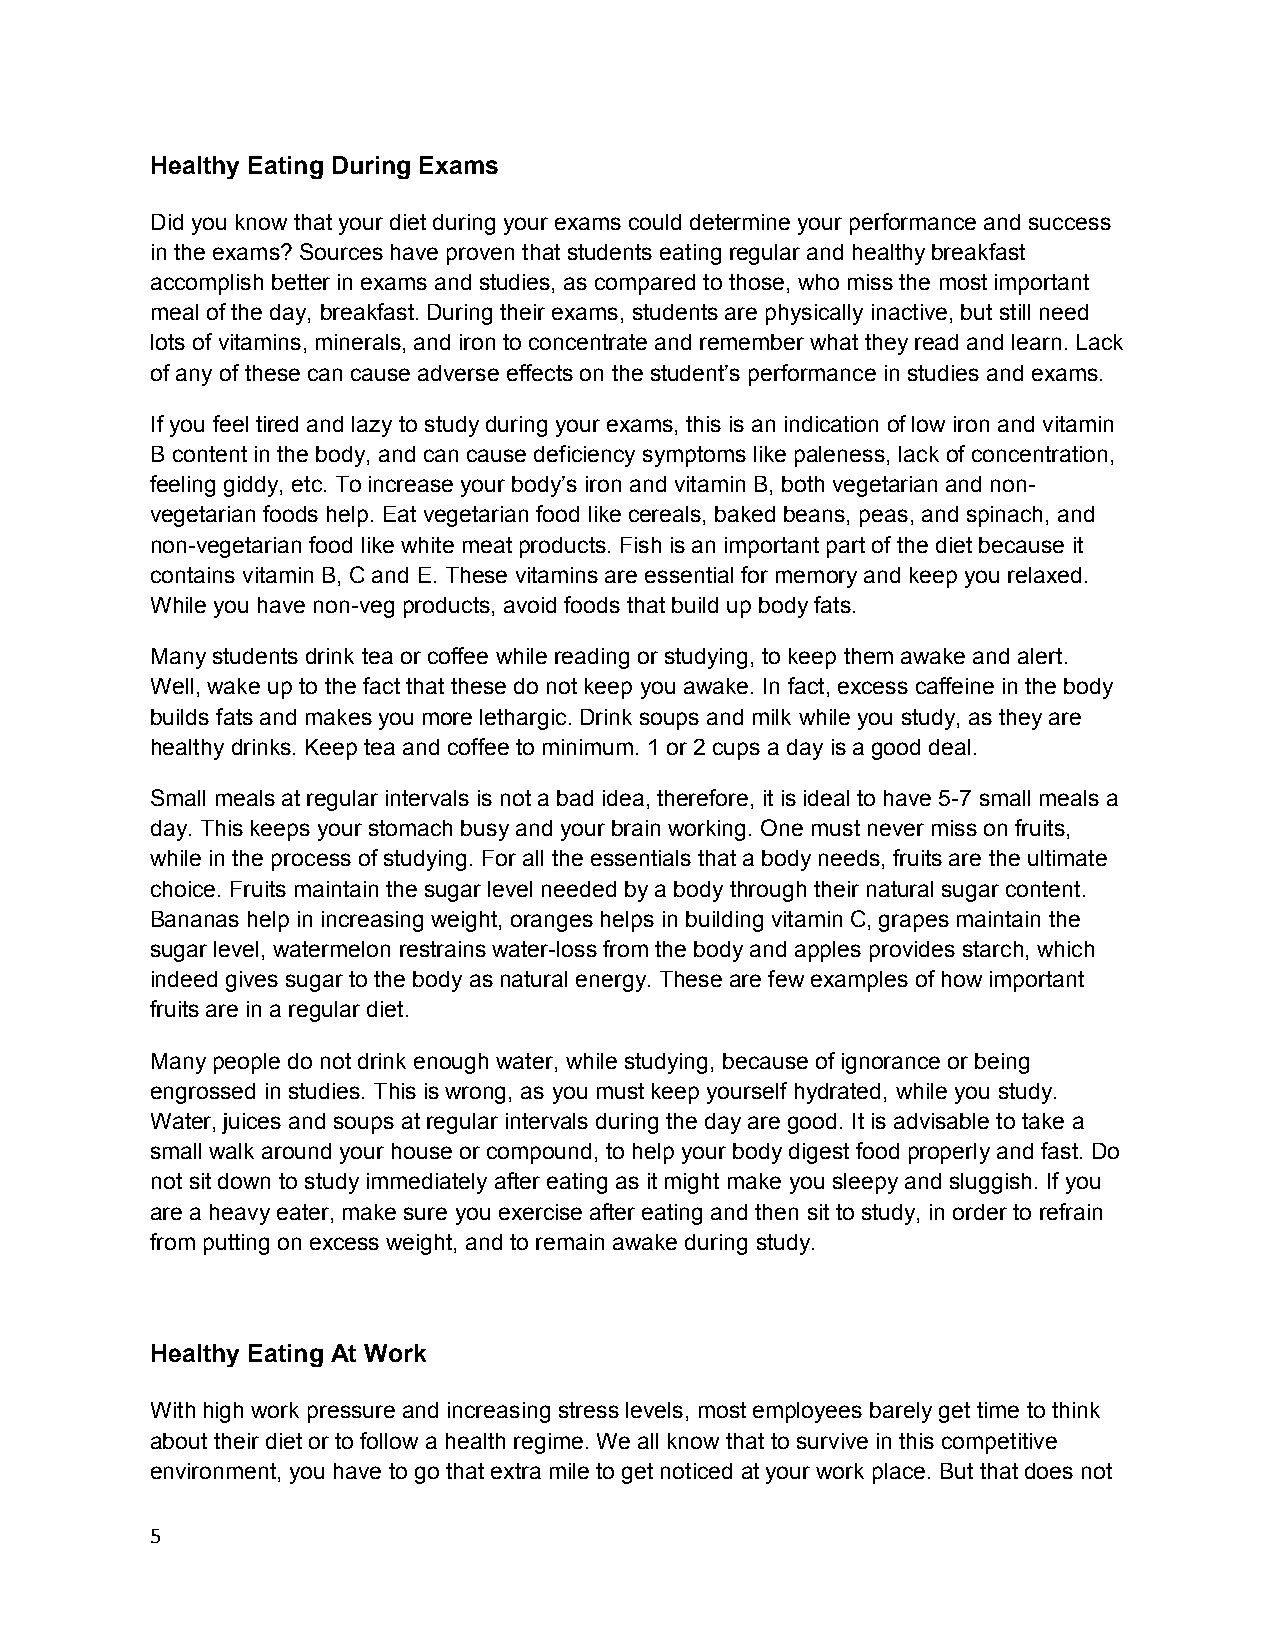
Healthy Eating During Exams
 Did you know that your diet during your exams could determine your performance and success
 in the exams? Sources have proven that students eating regular and healthy breakfast
 accomplish better in exams and studies, as compared to those, who miss the most important
 meal of the day, breakfast. During their exams, students are physically inactive, but still need
 lots of vitamins, minerals, and iron to concentrate and remember what they read and learn. Lack
 of any of these can cause adverse effects on the student’s performance in studies and exams.
 If you feel tired and lazy to study during your exams, this is an indication of low iron and vitamin
 B content in the body, and can cause deficiency symptoms like paleness, lack of concentration,
 feeling giddy, etc. To increase your body’s iron and vitamin B, both vegetarian and non-
 vegetarian foods help. Eat vegetarian food like cereals, baked beans, peas, and spinach, and
 non-vegetarian food like white meat products. Fish is an important part of the diet because it
 contains vitamin B, C and E. These vitamins are essential for memory and keep you relaxed.
 While you have non-veg products, avoid foods that build up body fats.
 Many students drink tea or coffee while reading or studying, to keep them awake and alert.
 Well, wake up to the fact that these do not keep you awake. In fact, excess caffeine in the body
 builds fats and makes you more lethargic. Drink soups and milk while you study, as they are
 healthy drinks. Keep tea and coffee to minimum. 1 or 2 cups a day is a good deal.
 Small meals at regular intervals is not a bad idea, therefore, it is ideal to have 5-7 small meals a
 day. This keeps your stomach busy and your brain working. One must never miss on fruits,
 while in the process of studying. For all the essentials that a body needs, fruits are the ultimate
 choice. Fruits maintain the sugar level needed by a body through their natural sugar content.
 Bananas help in increasing weight, oranges helps in building vitamin C, grapes maintain the
 sugar level, watermelon restrains water-loss from the body and apples provides starch, which
 indeed gives sugar to the body as natural energy. These are few examples of how important
 fruits are in a regular diet.
 Many people do not drink enough water, while studying, because of ignorance or being
 engrossed in studies. This is wrong, as you must keep yourself hydrated, while you study.
 Water, juices and soups at regular intervals during the day are good. It is advisable to take a
 small walk around your house or compound, to help your body digest food properly and fast. Do
 not sit down to study immediately after eating as it might make you sleepy and sluggish. If you
 are a heavy eater, make sure you exercise after eating and then sit to study, in order to refrain
 from putting on excess weight, and to remain awake during study.
 Healthy Eating At Work
 With high work pressure and increasing stress levels, most employees barely get time to think
 about their diet or to follow a health regime. We all know that to survive in this competitive
 environment, you have to go that extra mile to get noticed at your work place. But that does not
 5